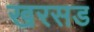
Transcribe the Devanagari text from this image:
खरसड